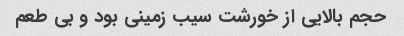
حجم بالایی از خورشت سیب زمینی بود و بی طعم